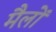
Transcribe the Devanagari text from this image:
मैलों